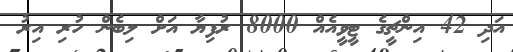
އަދި 42 އިންޗީގެ ޓީވީއެއް 8000 ރުފިޔާ އަށް ލިބެން ހުރި އިރު